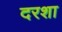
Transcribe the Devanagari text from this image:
दरशा